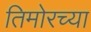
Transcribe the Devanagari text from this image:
तिमोरच्या